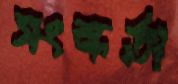
সংস্কর্তা